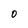
Character: O